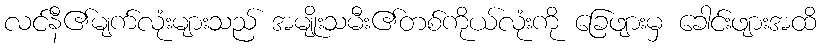
လင်နီ၏မျက်လုံးများသည် အမျိုးသမီး၏တစ်ကိုယ်လုံးကို ခြေဖျားမှ ခေါင်းဖျားအထိ